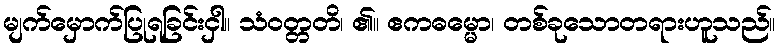
မျက်မှောက်ပြုရခြင်းငှါ။ သံဝတ္တတိ၊ ၏။ ဧကဓမ္မော၊ တစ်ခုသောတရားဟူသည်။